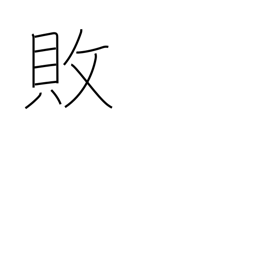
Meaning: reversal